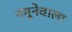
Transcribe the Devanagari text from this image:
नमूनेवाला